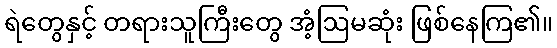
ရဲတွေနှင့် တရားသူကြီးတွေ အံ့ဩမဆုံး ဖြစ်နေကြ၏။